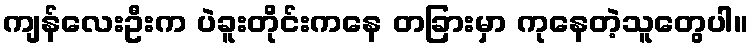
ကျန်လေးဦးက ပဲခူးတိုင်းကနေ တခြားမှာ ကုနေတဲ့သူတွေပါ။